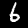
Label: 6